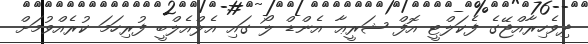
ދިވެހިރާއްޖޭގެ ފެކަލްޓީ އޮފް ޝަރީޢާ އެންޑް ލޯ ގައި އެލްއެލްބީ ފުރިހަމަ ކުރެއްވުމަށް